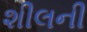
શીલની